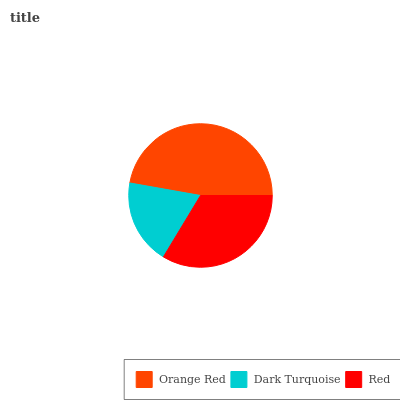
| Orange Red | Dark Turquoise | Red |
 | --- | --- | --- |
 | 47.3% | 19.1% | 33.6% |